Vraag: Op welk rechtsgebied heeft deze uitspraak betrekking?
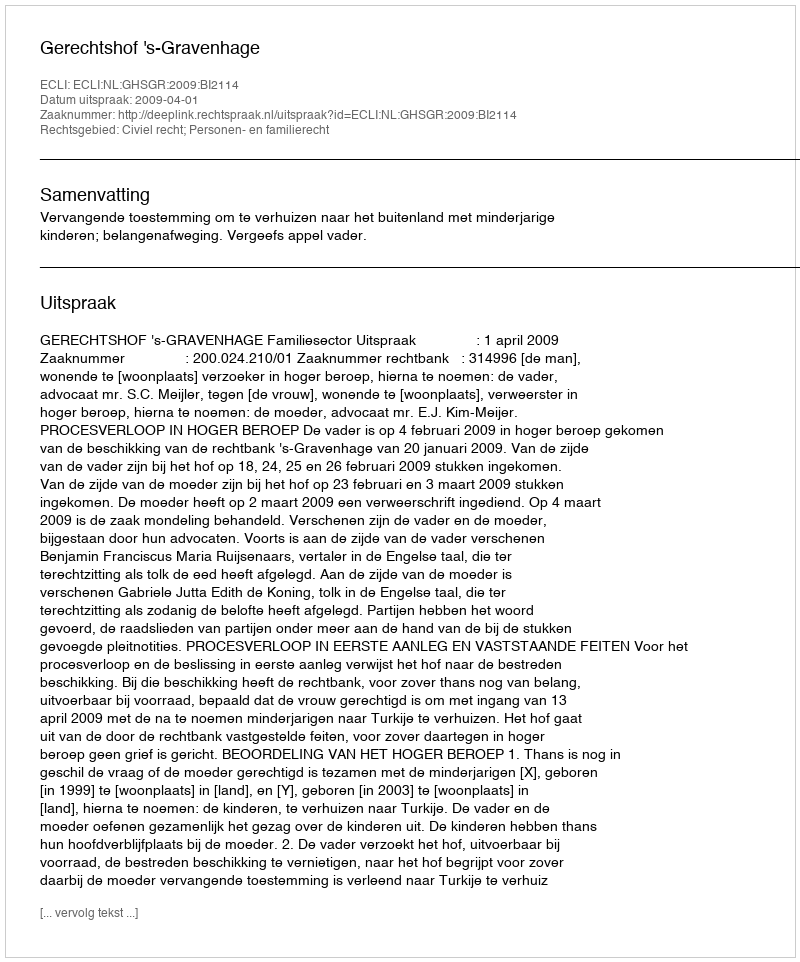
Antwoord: Civiel recht; Personen- en familierecht